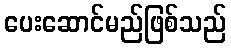
ပေးဆောင်မည်ဖြစ်သည်